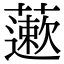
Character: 藗